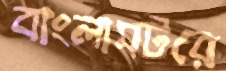
বাংলামটরে